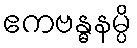
ဧကဗန္ဓနမ္ပိ